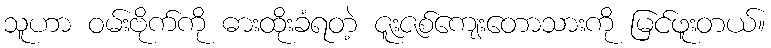
သူဟာ ဝမ်းဗိုက်ကို ဓားထိုးခံရတဲ့ ဇူးဇစ်ကျေးတောသားကို မြင်ဖူးတယ်။